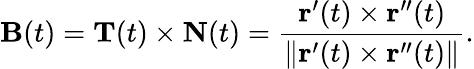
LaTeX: \mathbf{B}(t)=\mathbf{T}(t)\times\mathbf{N}(t)={\frac{\mathbf{r}^{\prime}(t)\times\mathbf{r}^{\prime\prime}(t)}{\| \mathbf{r}^{\prime}(t)\times\mathbf{r}^{\prime\prime}(t)\| }}.